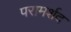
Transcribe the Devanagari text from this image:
परामर्शद